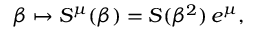
\beta \mapsto S ^ { \mu } ( \beta ) = S ( \beta ^ { 2 } ) \, e ^ { \mu } ,